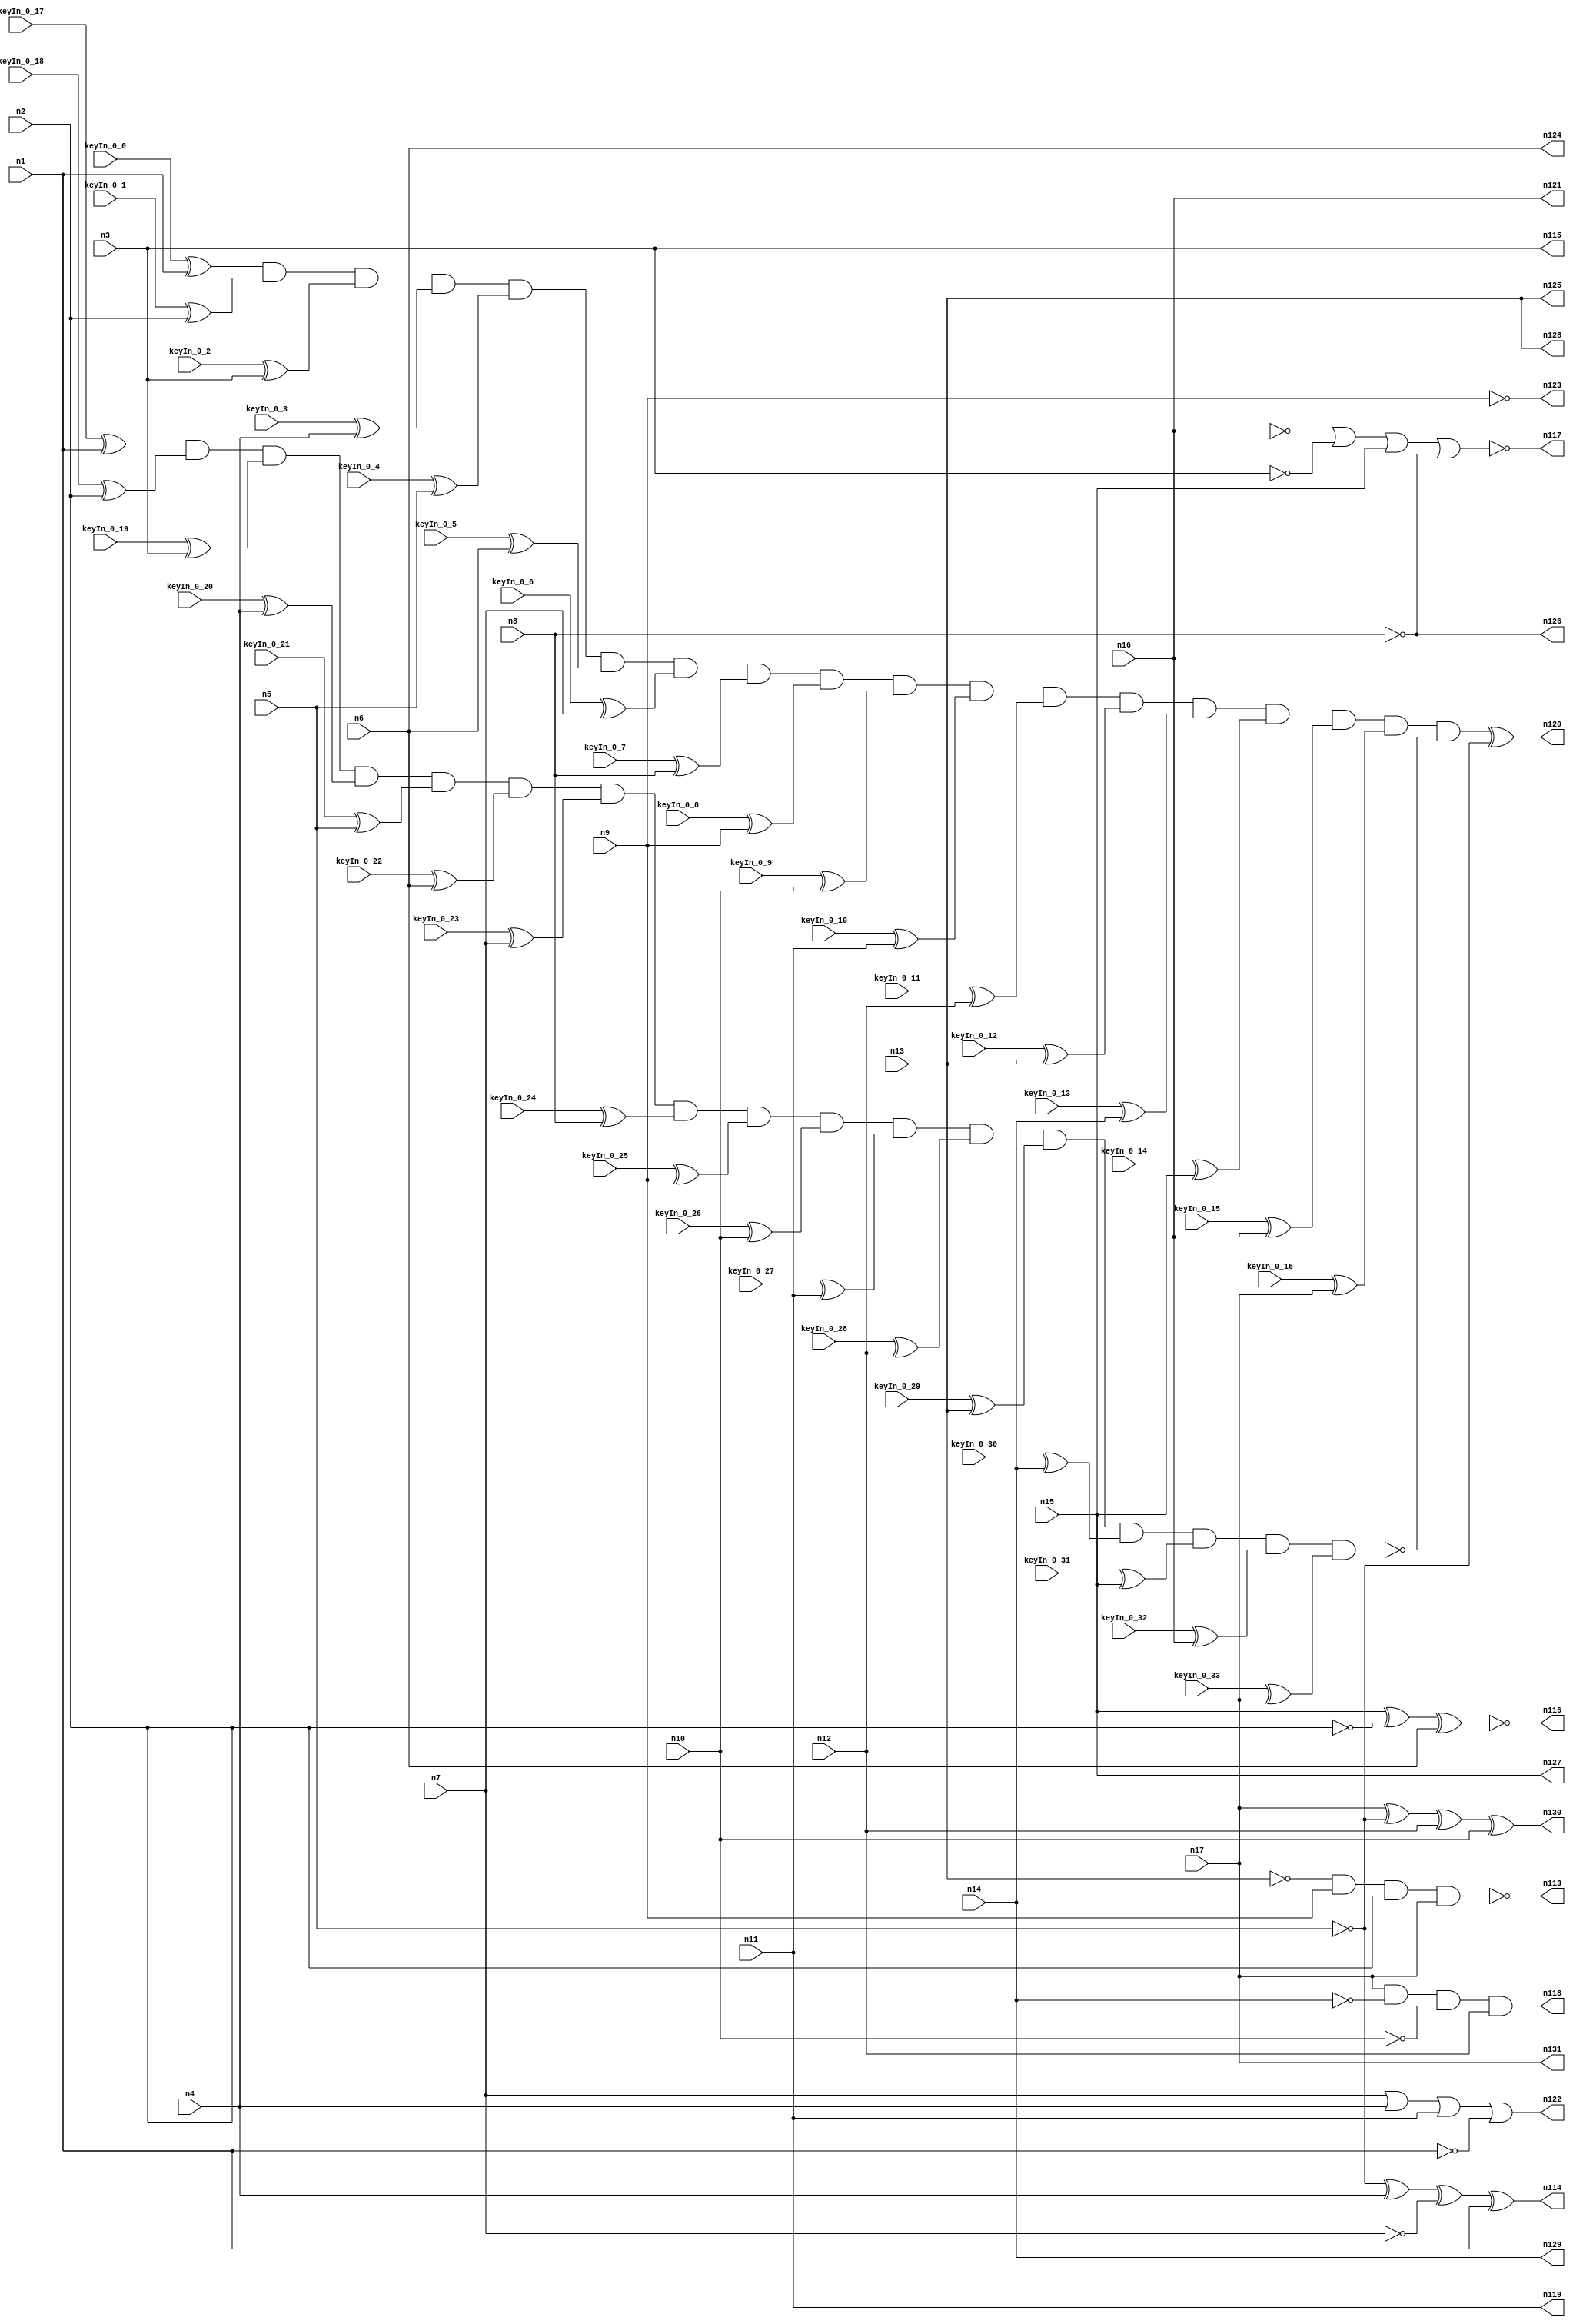


module Stat_114_49
(
  n1,
  n2,
  n3,
  n4,
  n5,
  n6,
  n7,
  n8,
  n9,
  n10,
  n11,
  n12,
  n13,
  n14,
  n15,
  n16,
  n17,
  n130,
  n118,
  n131,
  n123,
  n115,
  n117,
  n114,
  n120,
  n128,
  n121,
  n119,
  n126,
  n129,
  n124,
  n116,
  n125,
  n127,
  n122,
  n113,
  keyIn_0_0,
  keyIn_0_1,
  keyIn_0_2,
  keyIn_0_3,
  keyIn_0_4,
  keyIn_0_5,
  keyIn_0_6,
  keyIn_0_7,
  keyIn_0_8,
  keyIn_0_9,
  keyIn_0_10,
  keyIn_0_11,
  keyIn_0_12,
  keyIn_0_13,
  keyIn_0_14,
  keyIn_0_15,
  keyIn_0_16,
  keyIn_0_17,
  keyIn_0_18,
  keyIn_0_19,
  keyIn_0_20,
  keyIn_0_21,
  keyIn_0_22,
  keyIn_0_23,
  keyIn_0_24,
  keyIn_0_25,
  keyIn_0_26,
  keyIn_0_27,
  keyIn_0_28,
  keyIn_0_29,
  keyIn_0_30,
  keyIn_0_31,
  keyIn_0_32,
  keyIn_0_33
);

  input n1;input n2;input n3;input n4;input n5;input n6;input n7;input n8;input n9;input n10;input n11;input n12;input n13;input n14;input n15;input n16;input n17;input keyIn_0_0;input keyIn_0_1;input keyIn_0_2;input keyIn_0_3;input keyIn_0_4;input keyIn_0_5;input keyIn_0_6;input keyIn_0_7;input keyIn_0_8;input keyIn_0_9;input keyIn_0_10;input keyIn_0_11;input keyIn_0_12;input keyIn_0_13;input keyIn_0_14;input keyIn_0_15;input keyIn_0_16;input keyIn_0_17;input keyIn_0_18;input keyIn_0_19;input keyIn_0_20;input keyIn_0_21;input keyIn_0_22;input keyIn_0_23;input keyIn_0_24;input keyIn_0_25;input keyIn_0_26;input keyIn_0_27;input keyIn_0_28;input keyIn_0_29;input keyIn_0_30;input keyIn_0_31;input keyIn_0_32;input keyIn_0_33;
  output n130;output n118;output n131;output n123;output n115;output n117;output n114;output n120;output n128;output n121;output n119;output n126;output n129;output n124;output n116;output n125;output n127;output n122;output n113;
  wire n18;wire n19;wire n20;wire n21;wire n22;wire n23;wire n24;wire n25;wire n26;wire n27;wire n28;wire n29;wire n30;wire n31;wire n32;wire n33;wire n34;wire n35;wire n36;wire n37;wire n38;wire n39;wire n40;wire n41;wire n42;wire n43;wire n44;wire n45;wire n46;wire n47;wire n48;wire n49;wire n50;wire n51;wire n52;wire n53;wire n54;wire n55;wire n56;wire n57;wire n58;wire n59;wire n60;wire n61;wire n62;wire n63;wire n64;wire n65;wire n66;wire n67;wire n68;wire n69;wire n70;wire n71;wire n72;wire n73;wire n74;wire n75;wire n76;wire n77;wire n78;wire n79;wire n80;wire n81;wire n82;wire n83;wire n84;wire n85;wire n86;wire n87;wire n88;wire n89;wire n90;wire n91;wire n92;wire n93;wire n94;wire n95;wire n96;wire n97;wire n98;wire n99;wire n100;wire n101;wire n102;wire n103;wire n104;wire n105;wire n106;wire n107;wire n108;wire n109;wire n110;wire n111;wire n112;wire g_input_0_0;wire gbar_input_0_0;wire g_input_0_1;wire gbar_input_0_1;wire g_input_0_2;wire gbar_input_0_2;wire g_input_0_3;wire gbar_input_0_3;wire g_input_0_4;wire gbar_input_0_4;wire g_input_0_5;wire gbar_input_0_5;wire g_input_0_6;wire gbar_input_0_6;wire g_input_0_7;wire gbar_input_0_7;wire g_input_0_8;wire gbar_input_0_8;wire g_input_0_9;wire gbar_input_0_9;wire g_input_0_10;wire gbar_input_0_10;wire g_input_0_11;wire gbar_input_0_11;wire g_input_0_12;wire gbar_input_0_12;wire g_input_0_13;wire gbar_input_0_13;wire g_input_0_14;wire gbar_input_0_14;wire g_input_0_15;wire gbar_input_0_15;wire g_input_0_16;wire gbar_input_0_16;wire f_g_wire;wire f_gbar_wire;wire AntiSAT_output;

  buf
  g0
  (
    n32,
    n17
  );


  buf
  g1
  (
    n26,
    n7
  );


  buf
  g2
  (
    n20,
    n11
  );


  not
  g3
  (
    n24,
    n6
  );


  not
  g4
  (
    n18,
    n9
  );


  buf
  g5
  (
    n25,
    n17
  );


  buf
  g6
  (
    n23,
    n12
  );


  buf
  g7
  (
    n28,
    n15
  );


  buf
  g8
  (
    n30,
    n14
  );


  not
  g9
  (
    n35,
    n13
  );


  buf
  g10
  (
    n27,
    n10
  );


  not
  g11
  (
    n22,
    n16
  );


  buf
  g12
  (
    n34,
    n5
  );


  not
  g13
  (
    n33,
    n3
  );


  buf
  g14
  (
    n21,
    n1
  );


  buf
  g15
  (
    n19,
    n4
  );


  buf
  g16
  (
    n31,
    n2
  );


  buf
  g17
  (
    n29,
    n8
  );


  not
  g18
  (
    n41,
    n31
  );


  buf
  g19
  (
    n63,
    n34
  );


  not
  g20
  (
    n43,
    n24
  );


  not
  g21
  (
    n65,
    n20
  );


  buf
  g22
  (
    n52,
    n27
  );


  not
  g23
  (
    n39,
    n35
  );


  not
  g24
  (
    n64,
    n19
  );


  buf
  g25
  (
    n49,
    n26
  );


  not
  g26
  (
    n42,
    n24
  );


  buf
  g27
  (
    n45,
    n35
  );


  not
  g28
  (
    n36,
    n27
  );


  not
  g29
  (
    n48,
    n29
  );


  not
  g30
  (
    n72,
    n30
  );


  buf
  g31
  (
    n50,
    n35
  );


  not
  g32
  (
    n60,
    n31
  );


  not
  g33
  (
    n70,
    n33
  );


  buf
  g34
  (
    n55,
    n22
  );


  not
  g35
  (
    n44,
    n18
  );


  not
  g36
  (
    n66,
    n29
  );


  not
  g37
  (
    n61,
    n23
  );


  not
  g38
  (
    n37,
    n22
  );


  buf
  g39
  (
    n68,
    n18
  );


  not
  g40
  (
    n40,
    n34
  );


  not
  g41
  (
    n47,
    n28
  );


  not
  g42
  (
    n56,
    n34
  );


  buf
  g43
  (
    n69,
    n25
  );


  not
  g44
  (
    n38,
    n30
  );


  buf
  g45
  (
    n58,
    n20
  );


  buf
  g46
  (
    n51,
    n19
  );


  buf
  g47
  (
    n57,
    n33
  );


  buf
  g48
  (
    n73,
    n28
  );


  buf
  g49
  (
    n62,
    n23
  );


  buf
  g50
  (
    n54,
    n32
  );


  not
  g51
  (
    n46,
    n21
  );


  not
  g52
  (
    n67,
    n26
  );


  not
  g53
  (
    n71,
    n21
  );


  buf
  g54
  (
    n53,
    n32
  );


  not
  g55
  (
    n59,
    n25
  );


  not
  g56
  (
    n76,
    n49
  );


  not
  g57
  (
    n104,
    n68
  );


  buf
  g58
  (
    n100,
    n39
  );


  buf
  g59
  (
    n107,
    n38
  );


  buf
  g60
  (
    n74,
    n55
  );


  buf
  g61
  (
    n106,
    n43
  );


  not
  g62
  (
    n94,
    n37
  );


  buf
  g63
  (
    n92,
    n42
  );


  buf
  g64
  (
    n90,
    n51
  );


  not
  g65
  (
    n75,
    n65
  );


  buf
  g66
  (
    n83,
    n66
  );


  not
  g67
  (
    n112,
    n60
  );


  not
  g68
  (
    n103,
    n64
  );


  buf
  g69
  (
    n91,
    n53
  );


  buf
  g70
  (
    n78,
    n69
  );


  not
  g71
  (
    n93,
    n40
  );


  buf
  g72
  (
    n97,
    n72
  );


  not
  g73
  (
    n96,
    n36
  );


  buf
  g74
  (
    n85,
    n46
  );


  buf
  g75
  (
    n98,
    n48
  );


  not
  g76
  (
    n79,
    n71
  );


  buf
  g77
  (
    n88,
    n57
  );


  buf
  g78
  (
    n105,
    n73
  );


  buf
  g79
  (
    n89,
    n58
  );


  not
  g80
  (
    n99,
    n61
  );


  buf
  g81
  (
    n101,
    n41
  );


  buf
  g82
  (
    n102,
    n54
  );


  not
  g83
  (
    n86,
    n59
  );


  not
  g84
  (
    n77,
    n52
  );


  not
  g85
  (
    n84,
    n67
  );


  not
  g86
  (
    n110,
    n73
  );


  not
  g87
  (
    n80,
    n63
  );


  buf
  g88
  (
    n87,
    n62
  );


  buf
  g89
  (
    n109,
    n56
  );


  buf
  g90
  (
    n82,
    n50
  );


  not
  g91
  (
    n111,
    n70
  );


  not
  g92
  (
    n108,
    n44
  );


  buf
  g93
  (
    n81,
    n45
  );


  not
  g94
  (
    n95,
    n47
  );


  not
  g95
  (
    n115,
    n88
  );


  buf
  g96
  (
    n123,
    n108
  );


  not
  g97
  (
    n129,
    n107
  );


  buf
  g98
  (
    n124,
    n106
  );


  buf
  g99
  (
    n119,
    n75
  );


  buf
  g100
  (
    n128,
    n100
  );


  buf
  g101
  (
    n126,
    n98
  );


  buf
  g102
  (
    n131,
    n78
  );


  not
  g103
  (
    n125,
    n82
  );


  not
  g104
  (
    AntiSAT_key_wire,
    n93
  );


  not
  g105
  (
    n127,
    n110
  );


  not
  g106
  (
    n121,
    n94
  );


  xnor
  g107
  (
    n116,
    n105,
    n101,
    n92
  );


  xor
  g108
  (
    n130,
    n102,
    n109,
    n87,
    n96
  );


  and
  g109
  (
    n118,
    n91,
    n97,
    n77,
    n99
  );


  xor
  g110
  (
    n114,
    n80,
    n90,
    n76,
    n79
  );


  nor
  g111
  (
    n117,
    n74,
    n111,
    n95,
    n83
  );


  nand
  g112
  (
    n113,
    n81,
    n104,
    n112,
    n86
  );


  or
  g113
  (
    n122,
    n84,
    n103,
    n89,
    n85
  );


  xor
  KeyPIGate_0_0
  (
    g_input_0_0,
    keyIn_0_0,
    n1
  );


  xor
  KeyPIGate_0_17
  (
    gbar_input_0_0,
    keyIn_0_17,
    n1
  );


  xor
  KeyPIGate_0_1
  (
    g_input_0_1,
    keyIn_0_1,
    n2
  );


  xor
  KeyPIGate_0_18
  (
    gbar_input_0_1,
    keyIn_0_18,
    n2
  );


  xor
  KeyPIGate_0_2
  (
    g_input_0_2,
    keyIn_0_2,
    n3
  );


  xor
  KeyPIGate_0_19
  (
    gbar_input_0_2,
    keyIn_0_19,
    n3
  );


  xor
  KeyPIGate_0_3
  (
    g_input_0_3,
    keyIn_0_3,
    n4
  );


  xor
  KeyPIGate_0_20
  (
    gbar_input_0_3,
    keyIn_0_20,
    n4
  );


  xor
  KeyPIGate_0_4
  (
    g_input_0_4,
    keyIn_0_4,
    n5
  );


  xor
  KeyPIGate_0_21
  (
    gbar_input_0_4,
    keyIn_0_21,
    n5
  );


  xor
  KeyPIGate_0_5
  (
    g_input_0_5,
    keyIn_0_5,
    n6
  );


  xor
  KeyPIGate_0_22
  (
    gbar_input_0_5,
    keyIn_0_22,
    n6
  );


  xor
  KeyPIGate_0_6
  (
    g_input_0_6,
    keyIn_0_6,
    n7
  );


  xor
  KeyPIGate_0_23
  (
    gbar_input_0_6,
    keyIn_0_23,
    n7
  );


  xor
  KeyPIGate_0_7
  (
    g_input_0_7,
    keyIn_0_7,
    n8
  );


  xor
  KeyPIGate_0_24
  (
    gbar_input_0_7,
    keyIn_0_24,
    n8
  );


  xor
  KeyPIGate_0_8
  (
    g_input_0_8,
    keyIn_0_8,
    n9
  );


  xor
  KeyPIGate_0_25
  (
    gbar_input_0_8,
    keyIn_0_25,
    n9
  );


  xor
  KeyPIGate_0_9
  (
    g_input_0_9,
    keyIn_0_9,
    n10
  );


  xor
  KeyPIGate_0_26
  (
    gbar_input_0_9,
    keyIn_0_26,
    n10
  );


  xor
  KeyPIGate_0_10
  (
    g_input_0_10,
    keyIn_0_10,
    n11
  );


  xor
  KeyPIGate_0_27
  (
    gbar_input_0_10,
    keyIn_0_27,
    n11
  );


  xor
  KeyPIGate_0_11
  (
    g_input_0_11,
    keyIn_0_11,
    n12
  );


  xor
  KeyPIGate_0_28
  (
    gbar_input_0_11,
    keyIn_0_28,
    n12
  );


  xor
  KeyPIGate_0_12
  (
    g_input_0_12,
    keyIn_0_12,
    n13
  );


  xor
  KeyPIGate_0_29
  (
    gbar_input_0_12,
    keyIn_0_29,
    n13
  );


  xor
  KeyPIGate_0_13
  (
    g_input_0_13,
    keyIn_0_13,
    n14
  );


  xor
  KeyPIGate_0_30
  (
    gbar_input_0_13,
    keyIn_0_30,
    n14
  );


  xor
  KeyPIGate_0_14
  (
    g_input_0_14,
    keyIn_0_14,
    n15
  );


  xor
  KeyPIGate_0_31
  (
    gbar_input_0_14,
    keyIn_0_31,
    n15
  );


  xor
  KeyPIGate_0_15
  (
    g_input_0_15,
    keyIn_0_15,
    n16
  );


  xor
  KeyPIGate_0_32
  (
    gbar_input_0_15,
    keyIn_0_32,
    n16
  );


  xor
  KeyPIGate_0_16
  (
    g_input_0_16,
    keyIn_0_16,
    n17
  );


  xor
  KeyPIGate_0_33
  (
    gbar_input_0_16,
    keyIn_0_33,
    n17
  );


  and
  f_g
  (
    f_g_wire,
    g_input_0_0,
    g_input_0_1,
    g_input_0_2,
    g_input_0_3,
    g_input_0_4,
    g_input_0_5,
    g_input_0_6,
    g_input_0_7,
    g_input_0_8,
    g_input_0_9,
    g_input_0_10,
    g_input_0_11,
    g_input_0_12,
    g_input_0_13,
    g_input_0_14,
    g_input_0_15,
    g_input_0_16
  );


  nand
  f_gbar
  (
    f_gbar_wire,
    gbar_input_0_0,
    gbar_input_0_1,
    gbar_input_0_2,
    gbar_input_0_3,
    gbar_input_0_4,
    gbar_input_0_5,
    gbar_input_0_6,
    gbar_input_0_7,
    gbar_input_0_8,
    gbar_input_0_9,
    gbar_input_0_10,
    gbar_input_0_11,
    gbar_input_0_12,
    gbar_input_0_13,
    gbar_input_0_14,
    gbar_input_0_15,
    gbar_input_0_16
  );


  and
  G
  (
    AntiSAT_output,
    f_g_wire,
    f_gbar_wire
  );


  xor
  flip_it
  (
    n120,
    AntiSAT_output,
    AntiSAT_key_wire
  );


endmodule